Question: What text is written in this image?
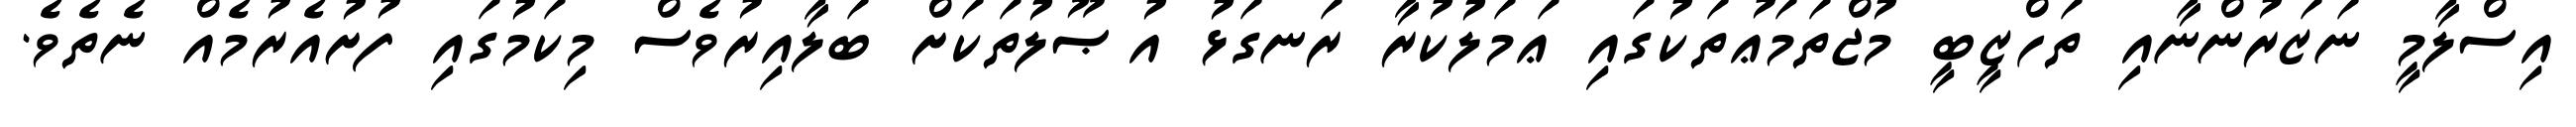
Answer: އިސްލާމީ ނަޒަރުންނާއި ތަހްޒީބީ މުޖްތަމަޢުތަކުގައި ޢަމަލުކުރާ ރަނގަޅު އުޞޫލުތަކަށް ބަލާއިރުވެސް މިކަމުގައި ފުށުއެރުމެއް ނެތެވެ.